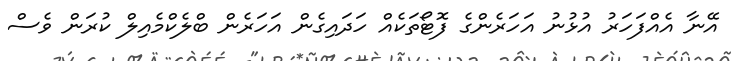
އޭނާ އެއްފަހަރު އުޅުނު އަހަރެންގެ ފޮޓޯތަކެއް ހަދައިގެން އަހަރެން ބްލެކްމެއިލް ކުރަން ވެސް